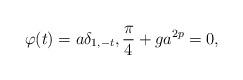
LaTeX: \begin{align*}\varphi(t)=a \delta_{1,-t},\frac{\pi}{4}+g a^{2p}=0,\end{align*}